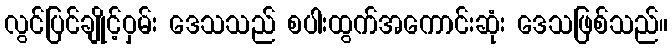
လွင်ပြင်ချိုင့်ဝှမ်း ဒေသသည် စပါးထွက်အကောင်းဆုံး ဒေသဖြစ်သည်။